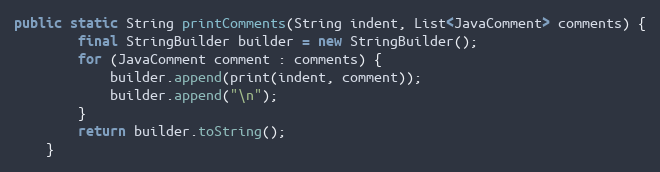
Language: Java
public static String printComments(String indent, List<JavaComment> comments) {
        final StringBuilder builder = new StringBuilder();
        for (JavaComment comment : comments) {
            builder.append(print(indent, comment));
            builder.append("\n");
        }
        return builder.toString();
    }